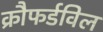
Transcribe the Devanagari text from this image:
क्रौफर्डविल